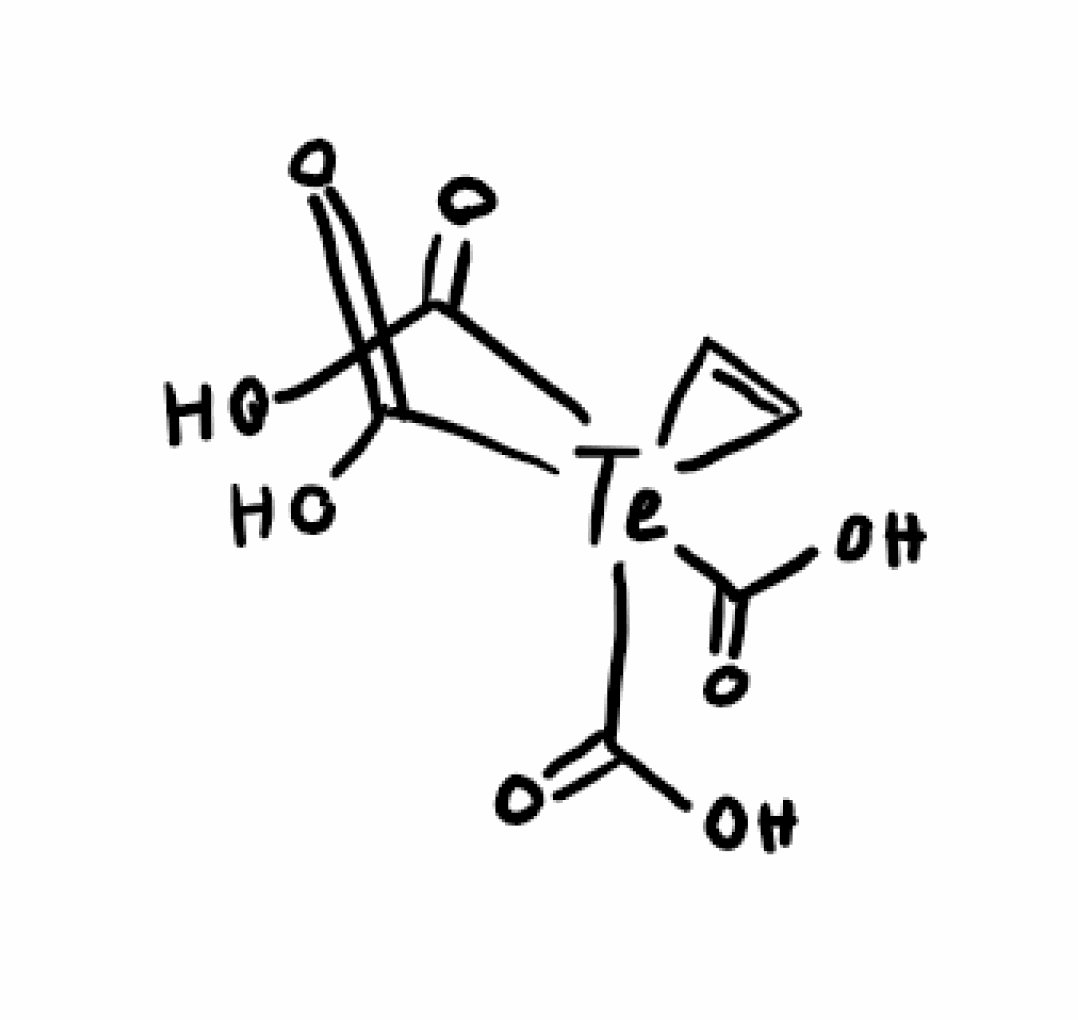
Simplified molecular-input line-entry system (SMILES) notation of the given molecule:
C1=C[Te]1(C(=O)O)(C(=O)O)(C(=O)O)C(=O)O